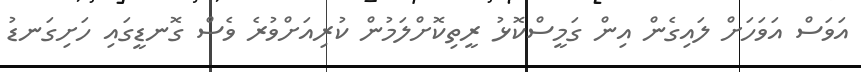
އަވަސް އަވަހަށް ލައިގެން އިން ގަމީސްކޮޅު ރީތިކޮށްލަމުން ކުރިއަށްވުރެ ވެސް ގޮނޑީގައި ހަށިގަނޑު